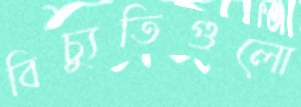
বিচ্যুতিগুলো